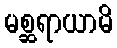
မစ္ဆရာယာမိ